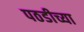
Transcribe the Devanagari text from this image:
पठडीच्या